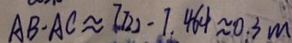
A B - A C \approx 7 . 7 2 2 - 7 . 4 6 4 \approx 0 . 3 m